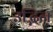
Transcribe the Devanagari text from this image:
उद्भिन